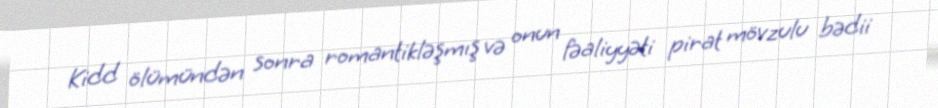
Kidd ölümündən sonra romantikləşmış və onun fəaliyyəti pirat mövzulu bədii